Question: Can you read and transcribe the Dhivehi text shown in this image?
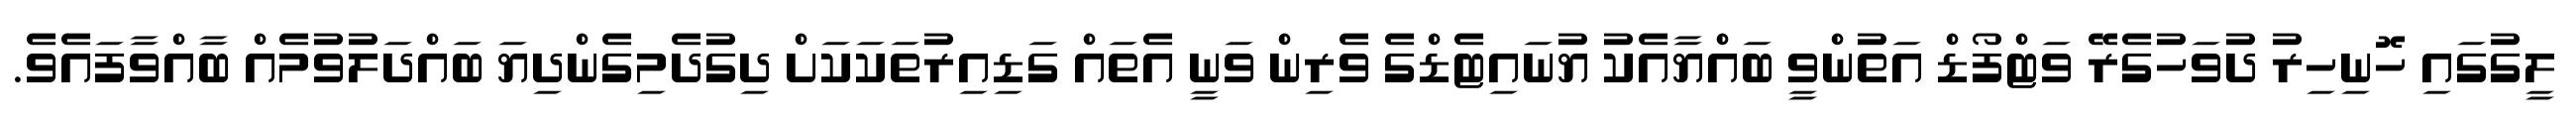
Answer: ލީގުގައި ހޮނިހިރު ދުވަހުގެރޭ ވަޓްފޯޑް އަތުންވީ ބައްޔާއެކު ޔުނައިޓެޑްގެ ވެރިން ވަނީ އެތައް ގަޑިއިރުތަކަކަށް ދިގުދެމިގެންދިޔަ ބައްދަލުވުމެއް ބާއްވާފައެވެ.